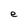
Character: e